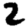
Digit: 2